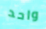
واحد